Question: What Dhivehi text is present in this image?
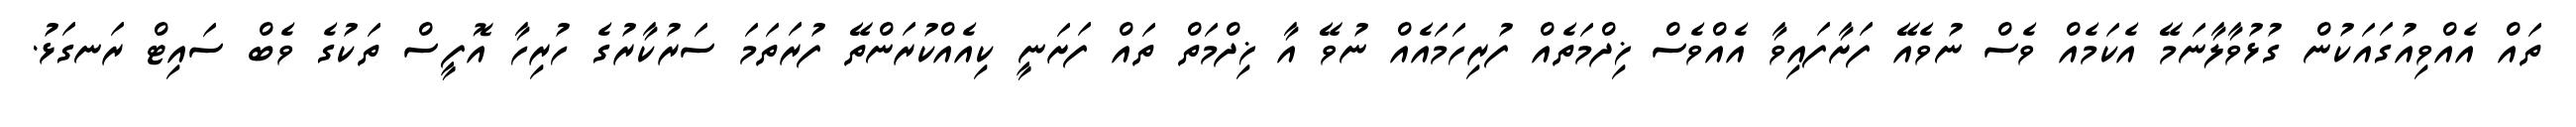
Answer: ތައް އެއްވިއުގައަކުން ގުޅުވާލާނަމޭ އެކަމެއް ވެސް ނުވެއޭ ފަށާފައިވާ އެއްވެސް ޚިދްމަތެއް ފުރިހަމައެއް ނުވޭ އާ ޚިދްމަތް ތައް ފަށަނީ ކިއެއްކުރަންތޭ ފުރަތަމަ ސަރުކާރުގެ ހުރިހާ އޮފީސް ތަކުގެ ވެބް ސައިޓް ރަނގަޅު.